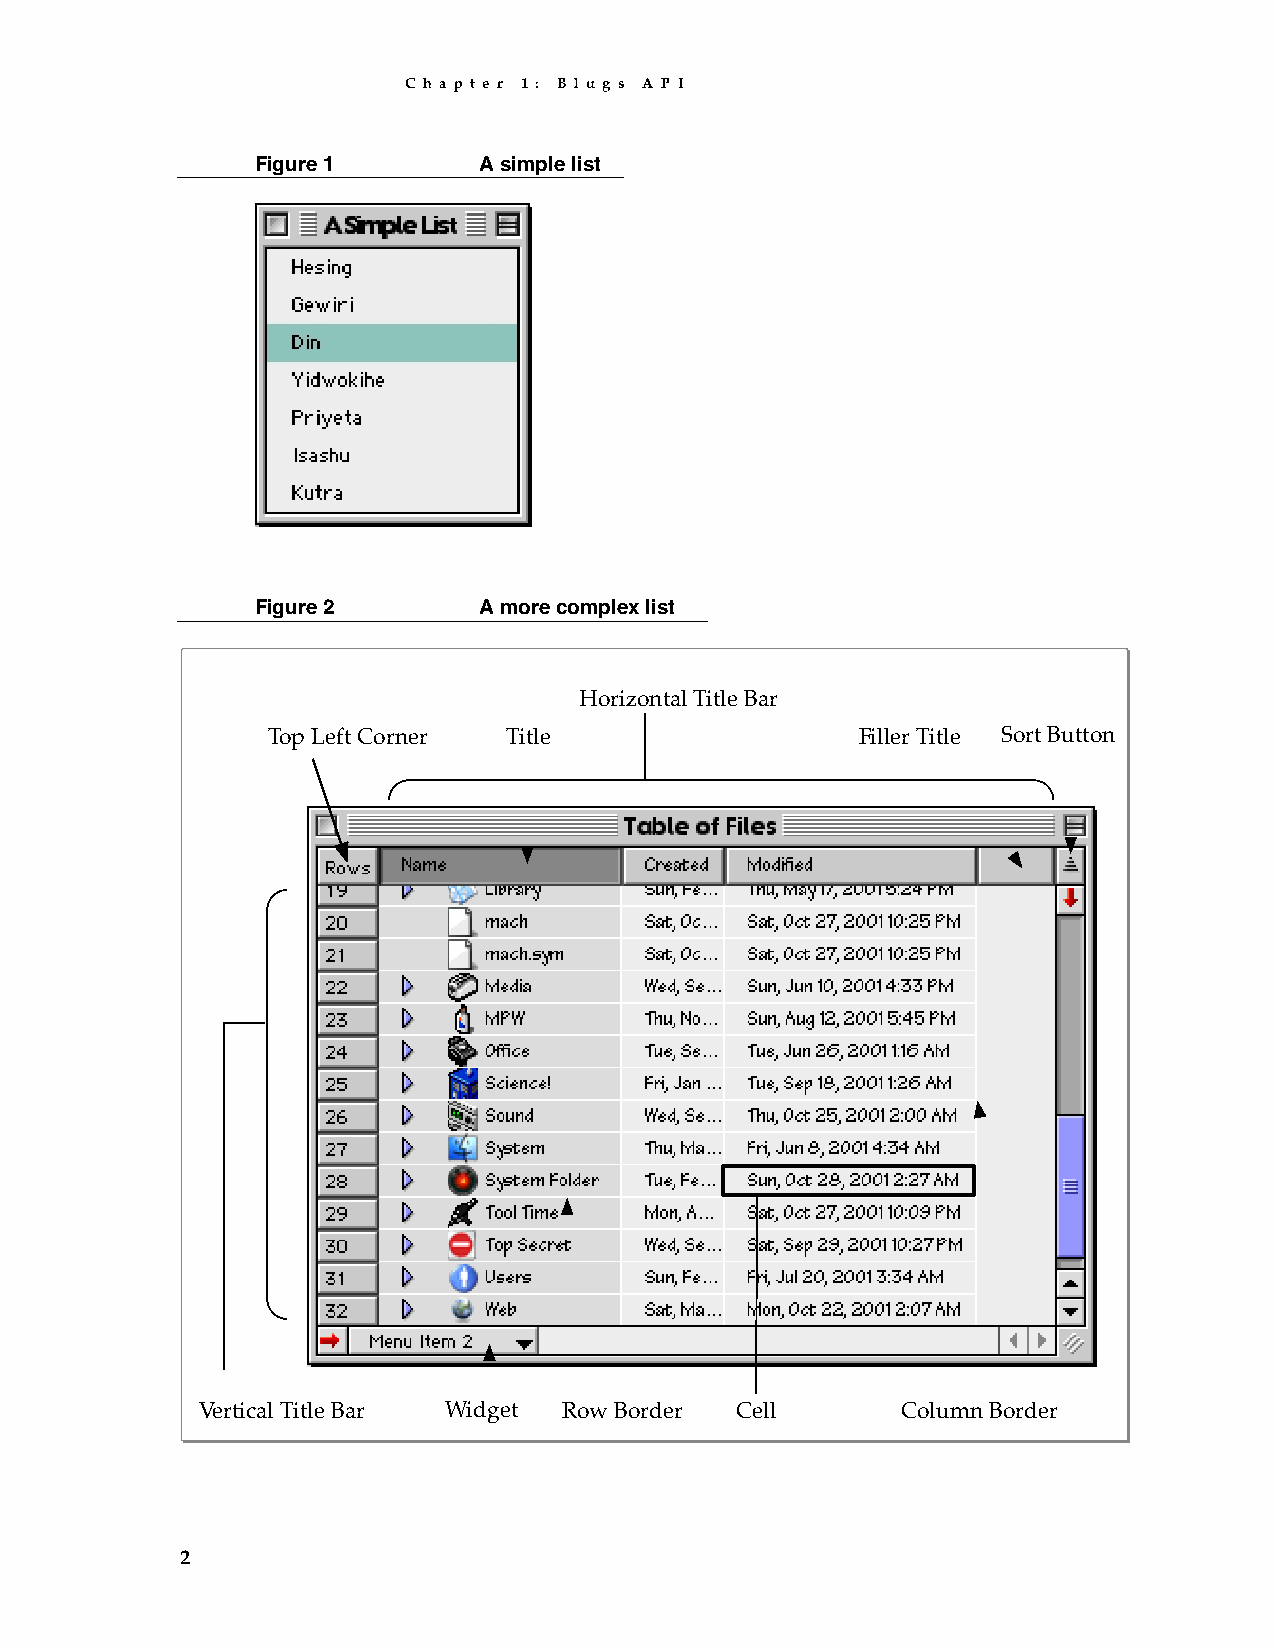
C h a p t e r 1 : B l u g s A P I
 Figure 1       A simple list
 Figure 2       A more complex list
 Horizontal Title Bar
 Top Left Corner Title                  Filler Title Sort Button
 Vertical Title Bar Widget Row Border Cell      Column Border
 2